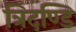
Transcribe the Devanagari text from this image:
त्रिदण्डि